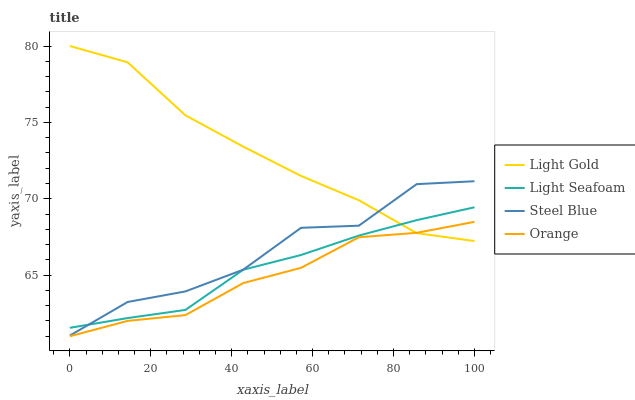
| xaxis_label | Light Gold | Light Seafoam | Steel Blue | Orange |
 | --- | --- | --- | --- | --- |
 | 0 | 80 | 61.6 | 61 | 61 |
 | 14.3 | 78.9 | 62.2 | 63.2 | 62 |
 | 28.6 | 75.5 | 62.7 | 63.9 | 62.4 |
 | 42.9 | 73.4 | 65.4 | 65.4 | 64.5 |
 | 57.1 | 71.5 | 66.3 | 68.1 | 65.5 |
 | 71.4 | 69.9 | 67.6 | 68.2 | 67.5 |
 | 85.7 | 67.8 | 68.6 | 71 | 67.8 |
 | 100 | 67.2 | 69.4 | 71.1 | 68.5 |